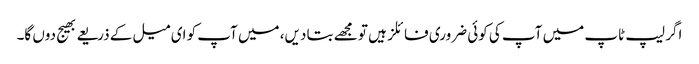
اگر لیپ ٹاپ میں آپ کی کوئی ضروری فائلز ہیں تو مجھے بتا دیں، میں آپ کو ای میل کے ذریعے بھیج دوں گا۔